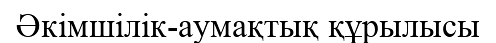
Әкімшілік-аумақтық құрылысы